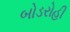
બોડરોહી